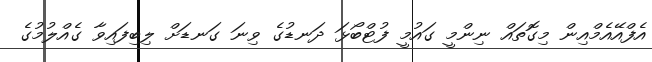
އެފްއޭއެމްއިން މިގޮތައް ނިންމީ ގައުމީ ފުޓްބޯޅަ ދަނޑުގެ ވިނަ ގަނޑަށް ލިބިފައިވާ ގެއްލުމުގެ